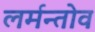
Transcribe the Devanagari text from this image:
लर्मन्तोव